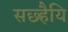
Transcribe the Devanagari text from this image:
सछ्हैयि